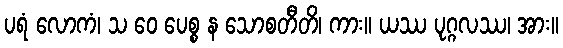
ပရံ လောကံ၊ သ ဝေ ပေစ္စ န သောစတီတိ၊ ကား။ ယဿ ပုဂ္ဂလဿ၊ အား။